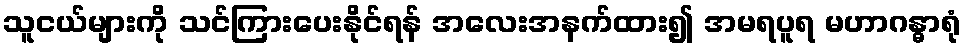
သူငယ်များကို သင်ကြားပေးနိုင်ရန် အလေးအနက်ထား၍ အမရပူရ မဟာဂန္ဓာရုံ